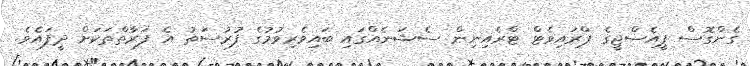
ގެންގޮސް ޕީއެސްޖީގެ ޕްރައިވެޓް ޓްރެއިނިން ސެޝަނެއްގައި ބައިވެރިވުމުގެ ފުރުސަތު އެ ފަރާތްތަކަށް ދީފައެވެ.